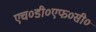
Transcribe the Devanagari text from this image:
एच०डी०एफ०सी०